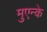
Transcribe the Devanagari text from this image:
मुएन्के